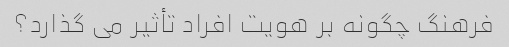
فرهنگ چگونه بر هویت افراد تأثیر می گذارد؟